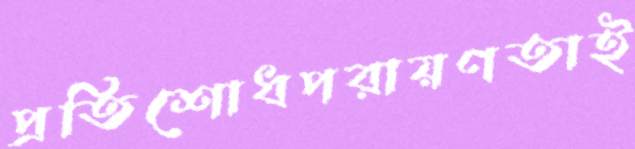
প্রতিশোধপরায়ণতাই